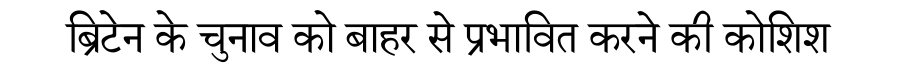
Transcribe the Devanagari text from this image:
ब्रिटेन के चुनाव को बाहर से प्रभावित करने की कोशिश